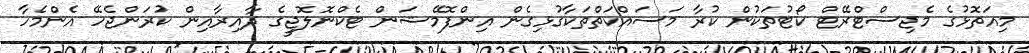
މިއަތޮޅުގެ މެޖިސްޓްރޭޓް ކޯޓުތަކުން ކުރާ މަސައްކަތްތަކާގުޅިގެން އިންފޮމޭޝަން ޓެކްނޮލޮޖީގެ ދާއިރާއިން ކުރަންޖެހޭ އެންމެހާ